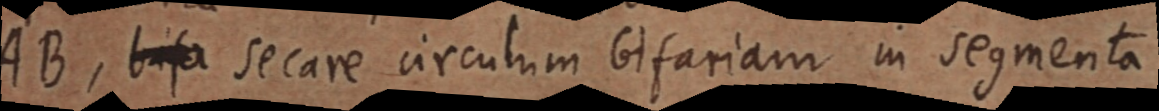
AB, bisa secare circulum bifariam in segmenta